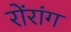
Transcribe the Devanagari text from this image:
रोंरांग